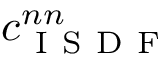
c _ { \mathrm { ~ I ~ S ~ D ~ F ~ } } ^ { n n }